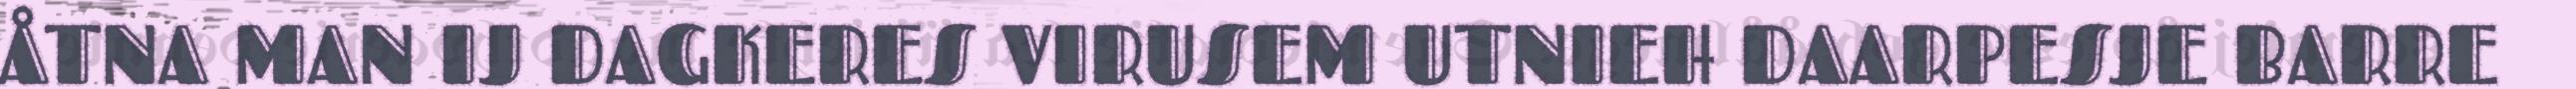
ÅTNA MAN IJ DAGKERES VIRUSEM UTNIEH DAARPESJE BARRE